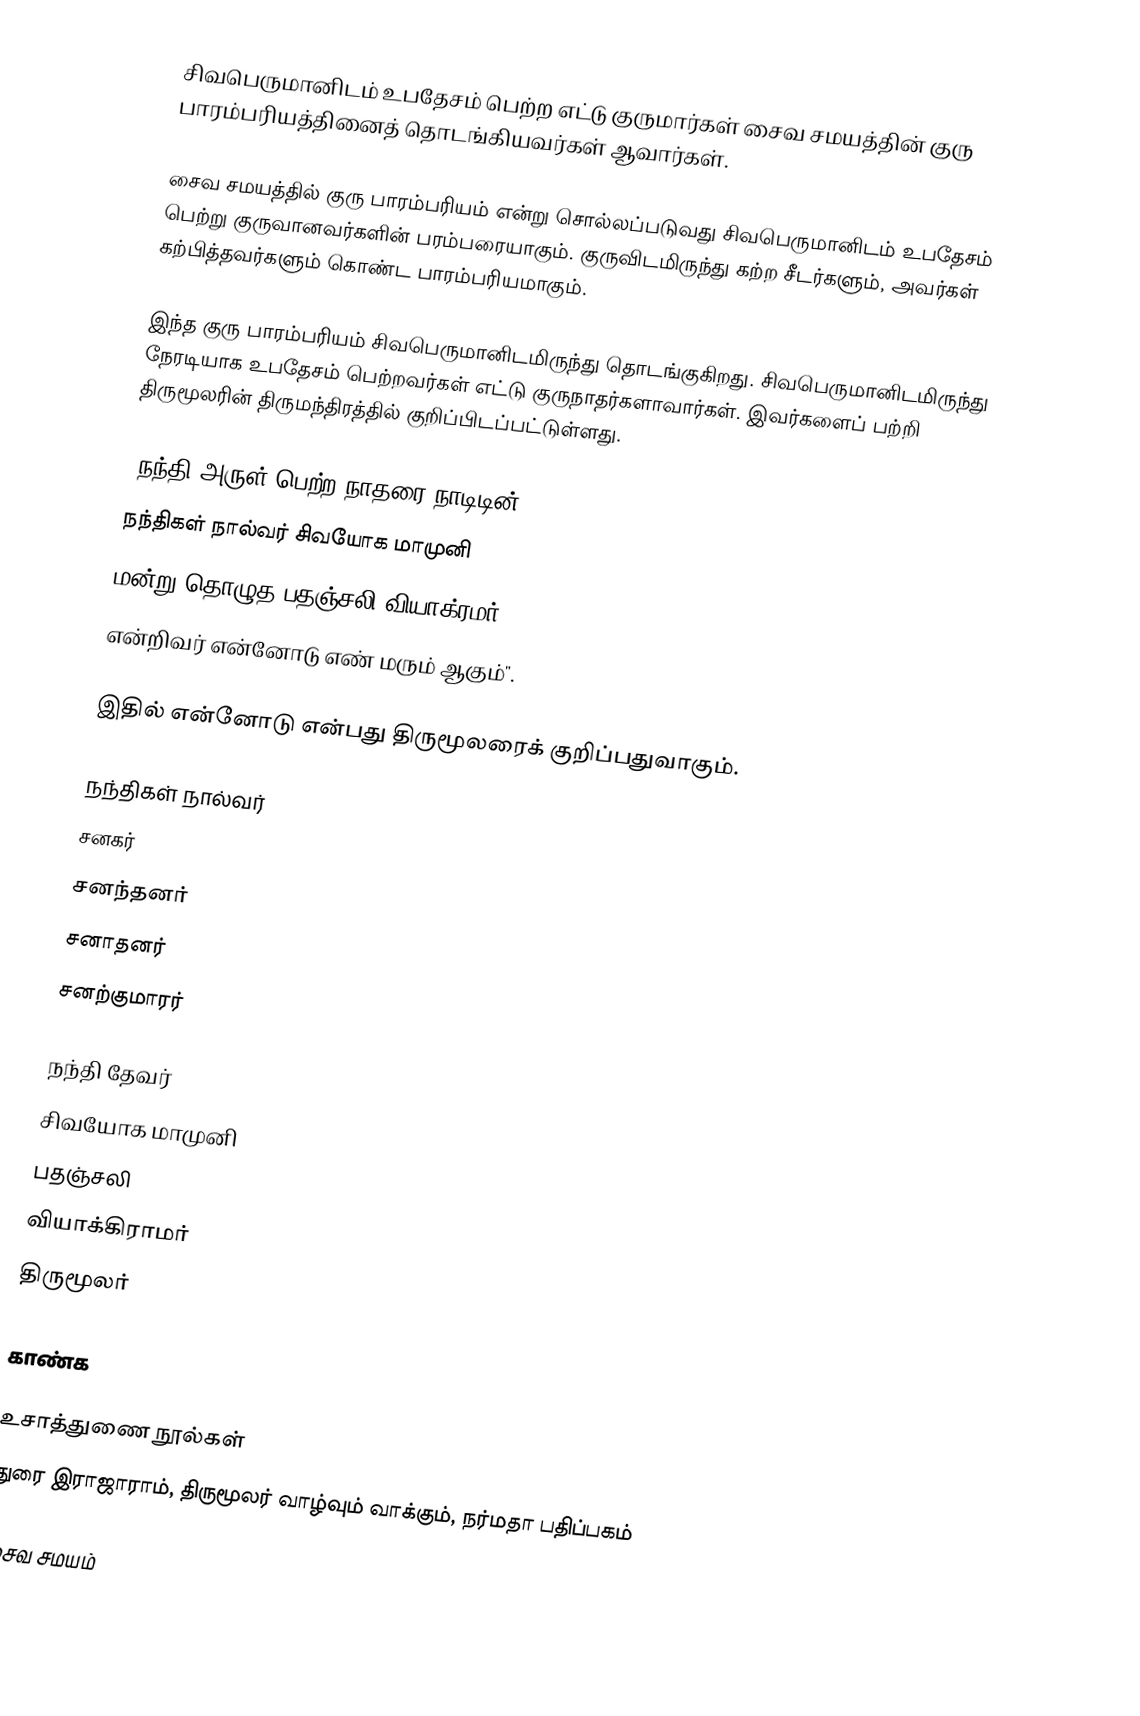
சிவபெருமானிடம் உபதேசம் பெற்ற எட்டு குருமார்கள் சைவ சமயத்தின் குரு பாரம்பரியத்தினைத் தொடங்கியவர்கள் ஆவார்கள்.

சைவ சமயத்தில் குரு பாரம்பரியம் என்று சொல்லப்படுவது சிவபெருமானிடம் உபதேசம் பெற்று குருவானவர்களின் பரம்பரையாகும். குருவிடமிருந்து கற்ற சீடர்களும், அவர்கள் கற்பித்தவர்களும் கொண்ட பாரம்பரியமாகும்.

இந்த குரு பாரம்பரியம் சிவபெருமானிடமிருந்து தொடங்குகிறது. சிவபெருமானிடமிருந்து நேரடியாக உபதேசம் பெற்றவர்கள் எட்டு குருநாதர்களாவார்கள். இவர்களைப் பற்றி திருமூலரின் திருமந்திரத்தில் குறிப்பிடப்பட்டுள்ளது.

"நந்தி அருள் பெற்ற நாதரை நாடிடின்
நந்திகள் நால்வர் சிவயோக மாமுனி
மன்று தொழுத பதஞ்சலி வியாக்ரமர்
என்றிவர் என்னோடு எண் மரும் ஆகும்".

இதில் என்னோடு என்பது திருமூலரைக் குறிப்பதுவாகும்.

நந்திகள் நால்வர்
 சனகர்
 சனந்தனர்
 சனாதனர்
 சனற்குமாரர்

 நந்தி தேவர்
 சிவயோக மாமுனி
 பதஞ்சலி
 வியாக்கிராமர்
 திருமூலர்

காண்க

உசாத்துணை நூல்கள்
 துரை இராஜாராம், திருமூலர் வாழ்வும் வாக்கும், நர்மதா பதிப்பகம்

சைவ சமயம்